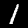
Digit: 1